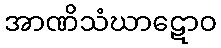
အာဏိသံဃာဋောဝ